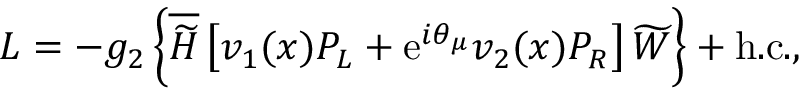
{ \cal L } = - g _ { 2 } \left\{ \overline { { { \widetilde { H } } } } \left[ v _ { 1 } ( x ) P _ { L } + \mathrm { e } ^ { i \theta _ { \mu } } v _ { 2 } ( x ) P _ { R } \right] \widetilde { W } \right\} + \mathrm { h . c . } ,